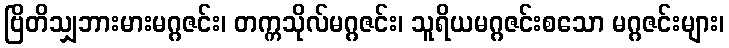
ဗြိတိသျှဘားမားမဂ္ဂဇင်း၊ တက္ကသိုလ်မဂ္ဂဇင်း၊ သူရိယမဂ္ဂဇင်းစသော မဂ္ဂဇင်းများ၊